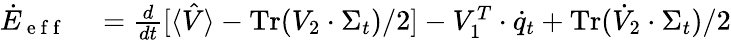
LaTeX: \begin{array}{rl}{\dot{E}_{\mathrm{~e~f~f~}}}&{{}=\frac{d}{dt}[\langle\hat{V}\rangle-\operatorname{Tr}(V_{2}\cdot\Sigma_{t})/2]-V_{1}^{T}\cdot\dot{q}_{t}+\operatorname{Tr}(\dot{V}_{2}\cdot\Sigma_{t})/2}\end{array}